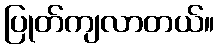
ပြုတ်ကျလာတယ်။